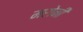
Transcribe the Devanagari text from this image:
मरोनी